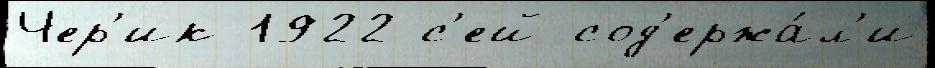
Чер'ик 1922 с'ей сод'ержа́л'и